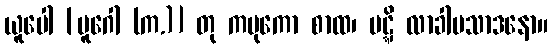
ယူပေါ [ပူဂေါ (က.)] တု ကမုကော စာထ၊ ပဋ္ဋိ လာခါပသာဒနော။